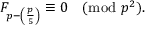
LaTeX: F _ { p - \left( { \frac { p } { 5 } } \right) } \equiv 0 { \pmod { p ^ { 2 } } } .